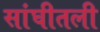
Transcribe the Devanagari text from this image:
सांघीतली